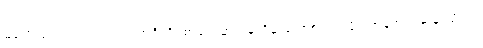
မအေးခင်ရဲ့ လက်ရာဟာ အင်္ဂလိပ်စာရေးဆရာမ ဂျိန်းအော်စတင်လိုပဲ အချစ်ရဲ့ ဆန်းပြားတဲ့